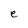
Character: e